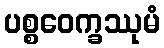
ပစ္စဝေက္ခဿုမံ